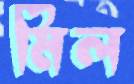
মিল